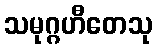
သမုဂ္ဂဟီတေသု